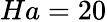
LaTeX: Ha=20